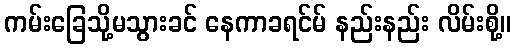
ကမ်းခြေသို့မသွားခင် နေကာခရင်မ် နည်းနည်း လိမ်းစို့။